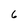
Character: 6